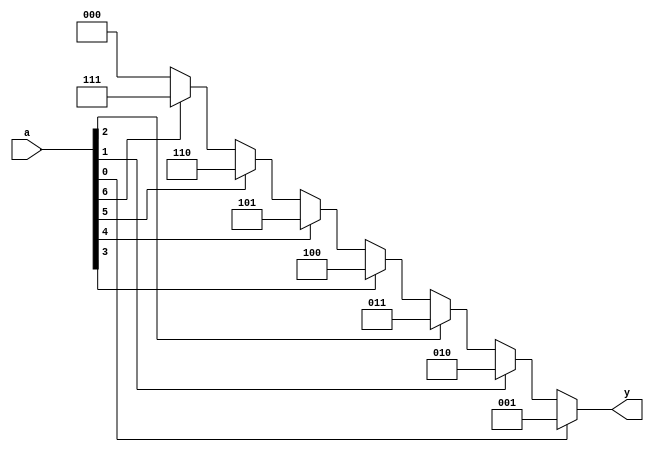
////////////////////////////////////////////////////////////////////////////////
// this compiles all units if none are specified                              //
////////////////////////////////////////////////////////////////////////////////
`ifndef priority7
 `ifndef latchrs
  `ifndef dffrs
   `ifndef drive8
    `define priority7
    `define latchrs
    `define dffrs
    `define drive8
   `endif
  `endif
 `endif
`endif

////////////////////////////////////////////////////////////////////////////////
// priority encoder outputs number of highest priority input                  //
// lowest numbered input has highest priority                                 //
// this is a combinational block so should use blocking assignments           //
////////////////////////////////////////////////////////////////////////////////
`ifdef priority7
module priority7 ( y, a ) ;

  output reg  [2:0] y ;
  input  wire [7:1] a ;

  always @* begin
    y = 0 ;
    case ( 1 )
      a[1] : y = 1 ;
      a[2] : y = 2 ;
      a[3] : y = 3 ;
      a[4] : y = 4 ;
      a[5] : y = 5 ;
      a[6] : y = 6 ;
      a[7] : y = 7 ;
    endcase
    end

endmodule
`endif


////////////////////////////////////////////////////////////////////////////////
// latch with active-high enable and active-low asynchronous reset and set    //
// set has priority over reset                                                //
// this is a combinational block modeling a sequential device                 //
// so must use nonblocking assignments                                        //
////////////////////////////////////////////////////////////////////////////////
`ifdef latchrs
module latchrs ( q, e, d, r, s ) ;

  output reg  q ;
  input  wire e, d, r, s ;

// do not remove comment below
// cadence async_set_reset "s, r"

  always @*
    if ( !s ) q <= 1 ; else
    if ( !r ) q <= 0 ; else
    if (  e ) q <= d ;

endmodule
`endif


////////////////////////////////////////////////////////////////////////////////
// flop-flop with active-high clock and enable and                            //
// active-low asynchronous reset and set. set has priority over reset.        //
// this is a sequential block so must use nonblocking assignments             //
////////////////////////////////////////////////////////////////////////////////
`ifdef dffrs
module dffrs ( q, c, d, e, r, s ) ;

  output reg  q ;
  input  wire c, d, e, r, s ;

  always @(posedge c
        or negedge r
        or negedge s)
    if ( !s ) q <= 1 ; else
    if ( !r ) q <= 0 ; else
    if (  e ) q <= d ;

endmodule
`endif


////////////////////////////////////////////////////////////////////////////////
// bus driver                                                                 //
// output is high-impedance when not enabled                                  //
// this is a combinational block                                              //
////////////////////////////////////////////////////////////////////////////////
`ifdef drive8
module drive8 ( y, a, e ) ;

  output reg  [7:0] y ;
  input  wire [7:0] a ;
  input  wire       e ;

  always @*
    if ( e ) y =  a ; else
             y = 'bz ;

endmodule
`endif